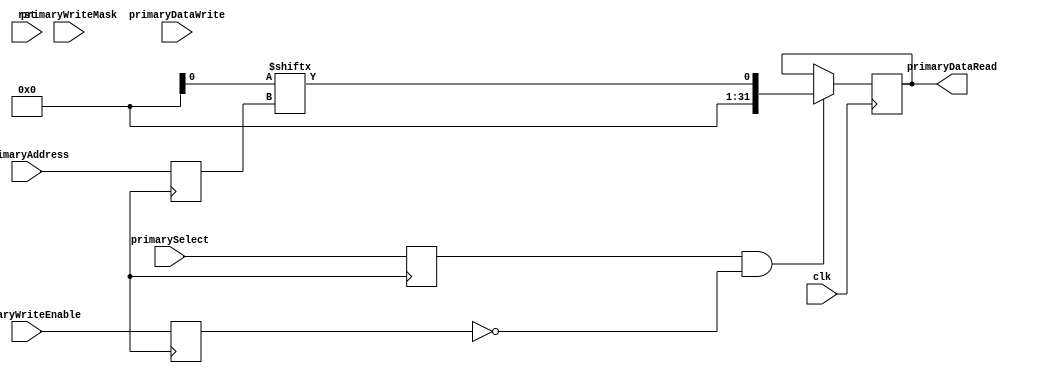
module SRAM_Wrapper_FPGA_RW #(
		parameter BYTE_COUNT = 4,
		parameter ADDRESS_SIZE = 9
	)(
		input wire clk,
		input wire rst,

		// Primary RW port
		input wire primarySelect,
		input wire primaryWriteEnable,
		input wire[BYTE_COUNT-1:0] primaryWriteMask,
		input wire[ADDRESS_SIZE-1:0] primaryAddress,
		input wire[WORD_SIZE-1:0] primaryDataWrite,
		output reg[WORD_SIZE-1:0] primaryDataRead
	);

	localparam WORD_SIZE = 8 * BYTE_COUNT;

	// For small amounts of memory this will work fine
	reg[WORD_SIZE-1:0] memory [0:(1<<ADDRESS_SIZE)-1];

	// Based on sky130 sram verilog model
	// Primary RW port
	wire primarySelect_reg;
	wire primaryWriteEnable_reg;
	wire[BYTE_COUNT-1:0] primaryWriteMask_reg;
	wire[ADDRESS_SIZE-1:0] primaryAddress_reg;
	wire[WORD_SIZE-1:0] primaryDataWrite_reg;


	always @(posedge clk0) begin
		// Primary RW port
		primarySelect_reg <= primarySelect;
		primaryWriteEnable_reg <= primaryWriteEnable;
		primaryWriteMask_reg <= primaryWriteMask;
		primaryAddress_reg <= primaryAddress;
		primaryDataWrite_reg <= primaryDataWrite;
	end

	// Write to memory
	genvar index;
	generate
		for (index = 0; index < BYTE_COUNT; index = index + 1) begin
			always @ (negedge clk) begin
				if (primarySelect_reg && primaryWriteEnable_reg ) begin
					if (primaryWriteMask_reg[index]) memory[primaryAddress_reg][(index*8)+7:(index*8)] <= primaryDataWrite_reg[(index*8)+7:(index*8)];
				end
			end
		end
	endgenerate

	// Read from memory
	always @ (negedge clk) begin
		if (primarySelect_reg && !primaryWriteEnable_reg) primaryDataRead <= mem[primaryAddress_reg];
	end

endmodule